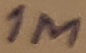
Text: 1M